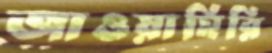
জাওয়াহিরি